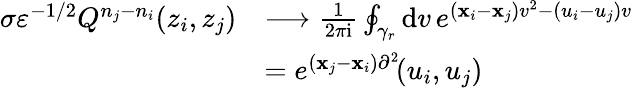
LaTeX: \begin{array}{rl}{\sigma\varepsilon^{-1/2}Q^{n_{j}-n_{i}}(z_{i},z_{j})}&{\longrightarrow\frac{1}{2\pi\mathrm{i}}\oint_{\gamma_{r}}\mathrm{d}v\, e^{(\mathbf{x}_{i}-\mathbf{x}_{j})v^{2}-(u_{i}-u_{j})v}}\\ &{=e^{(\mathbf{x}_{j}-\mathbf{x}_{i})\partial^{2}}\! (u_{i},u_{j})}\end{array}